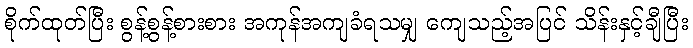
စိုက်ထုတ်ပြီး စွန့်စွန့်စားစား အကုန်အကျခံရသမျှ ကျေသည့်အပြင် သိန်းနှင့်ချီပြီး